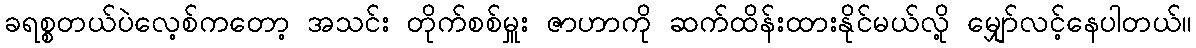
ခရစ္စတယ်ပဲလေ့စ်ကတော့ အသင်း တိုက်စစ်မှူး ဇာဟာကို ဆက်ထိန်းထားနိုင်မယ်လို့ မျှော်လင့်နေပါတယ်။